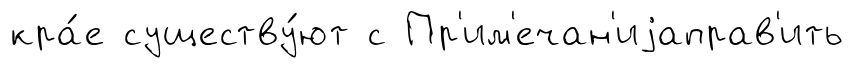
кра́е существу́ют с Пр'им'ечан'иjаправ'ить